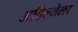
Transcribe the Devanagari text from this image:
अहिल्येला